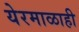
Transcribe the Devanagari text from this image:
येरमाळाही